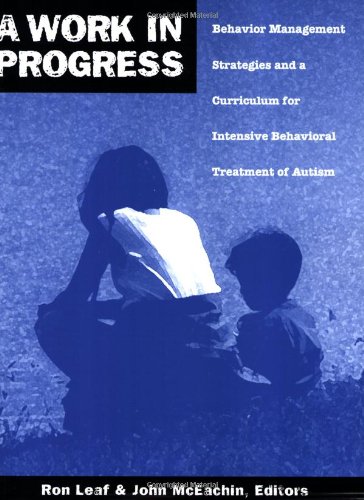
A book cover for A Work in Progress: Behavior Management Strategies & A Curriculum for Intensive Behavioral Treatment of Autism; Ron Leaf; Education & Teaching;